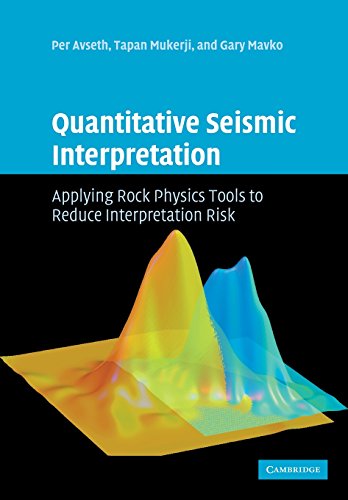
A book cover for Quantitative Seismic Interpretation: Applying Rock Physics Tools to Reduce Interpretation Risk; Per Avseth; Science & Math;